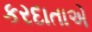
કરદાતાએ